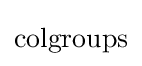
{\text{colgroups}}